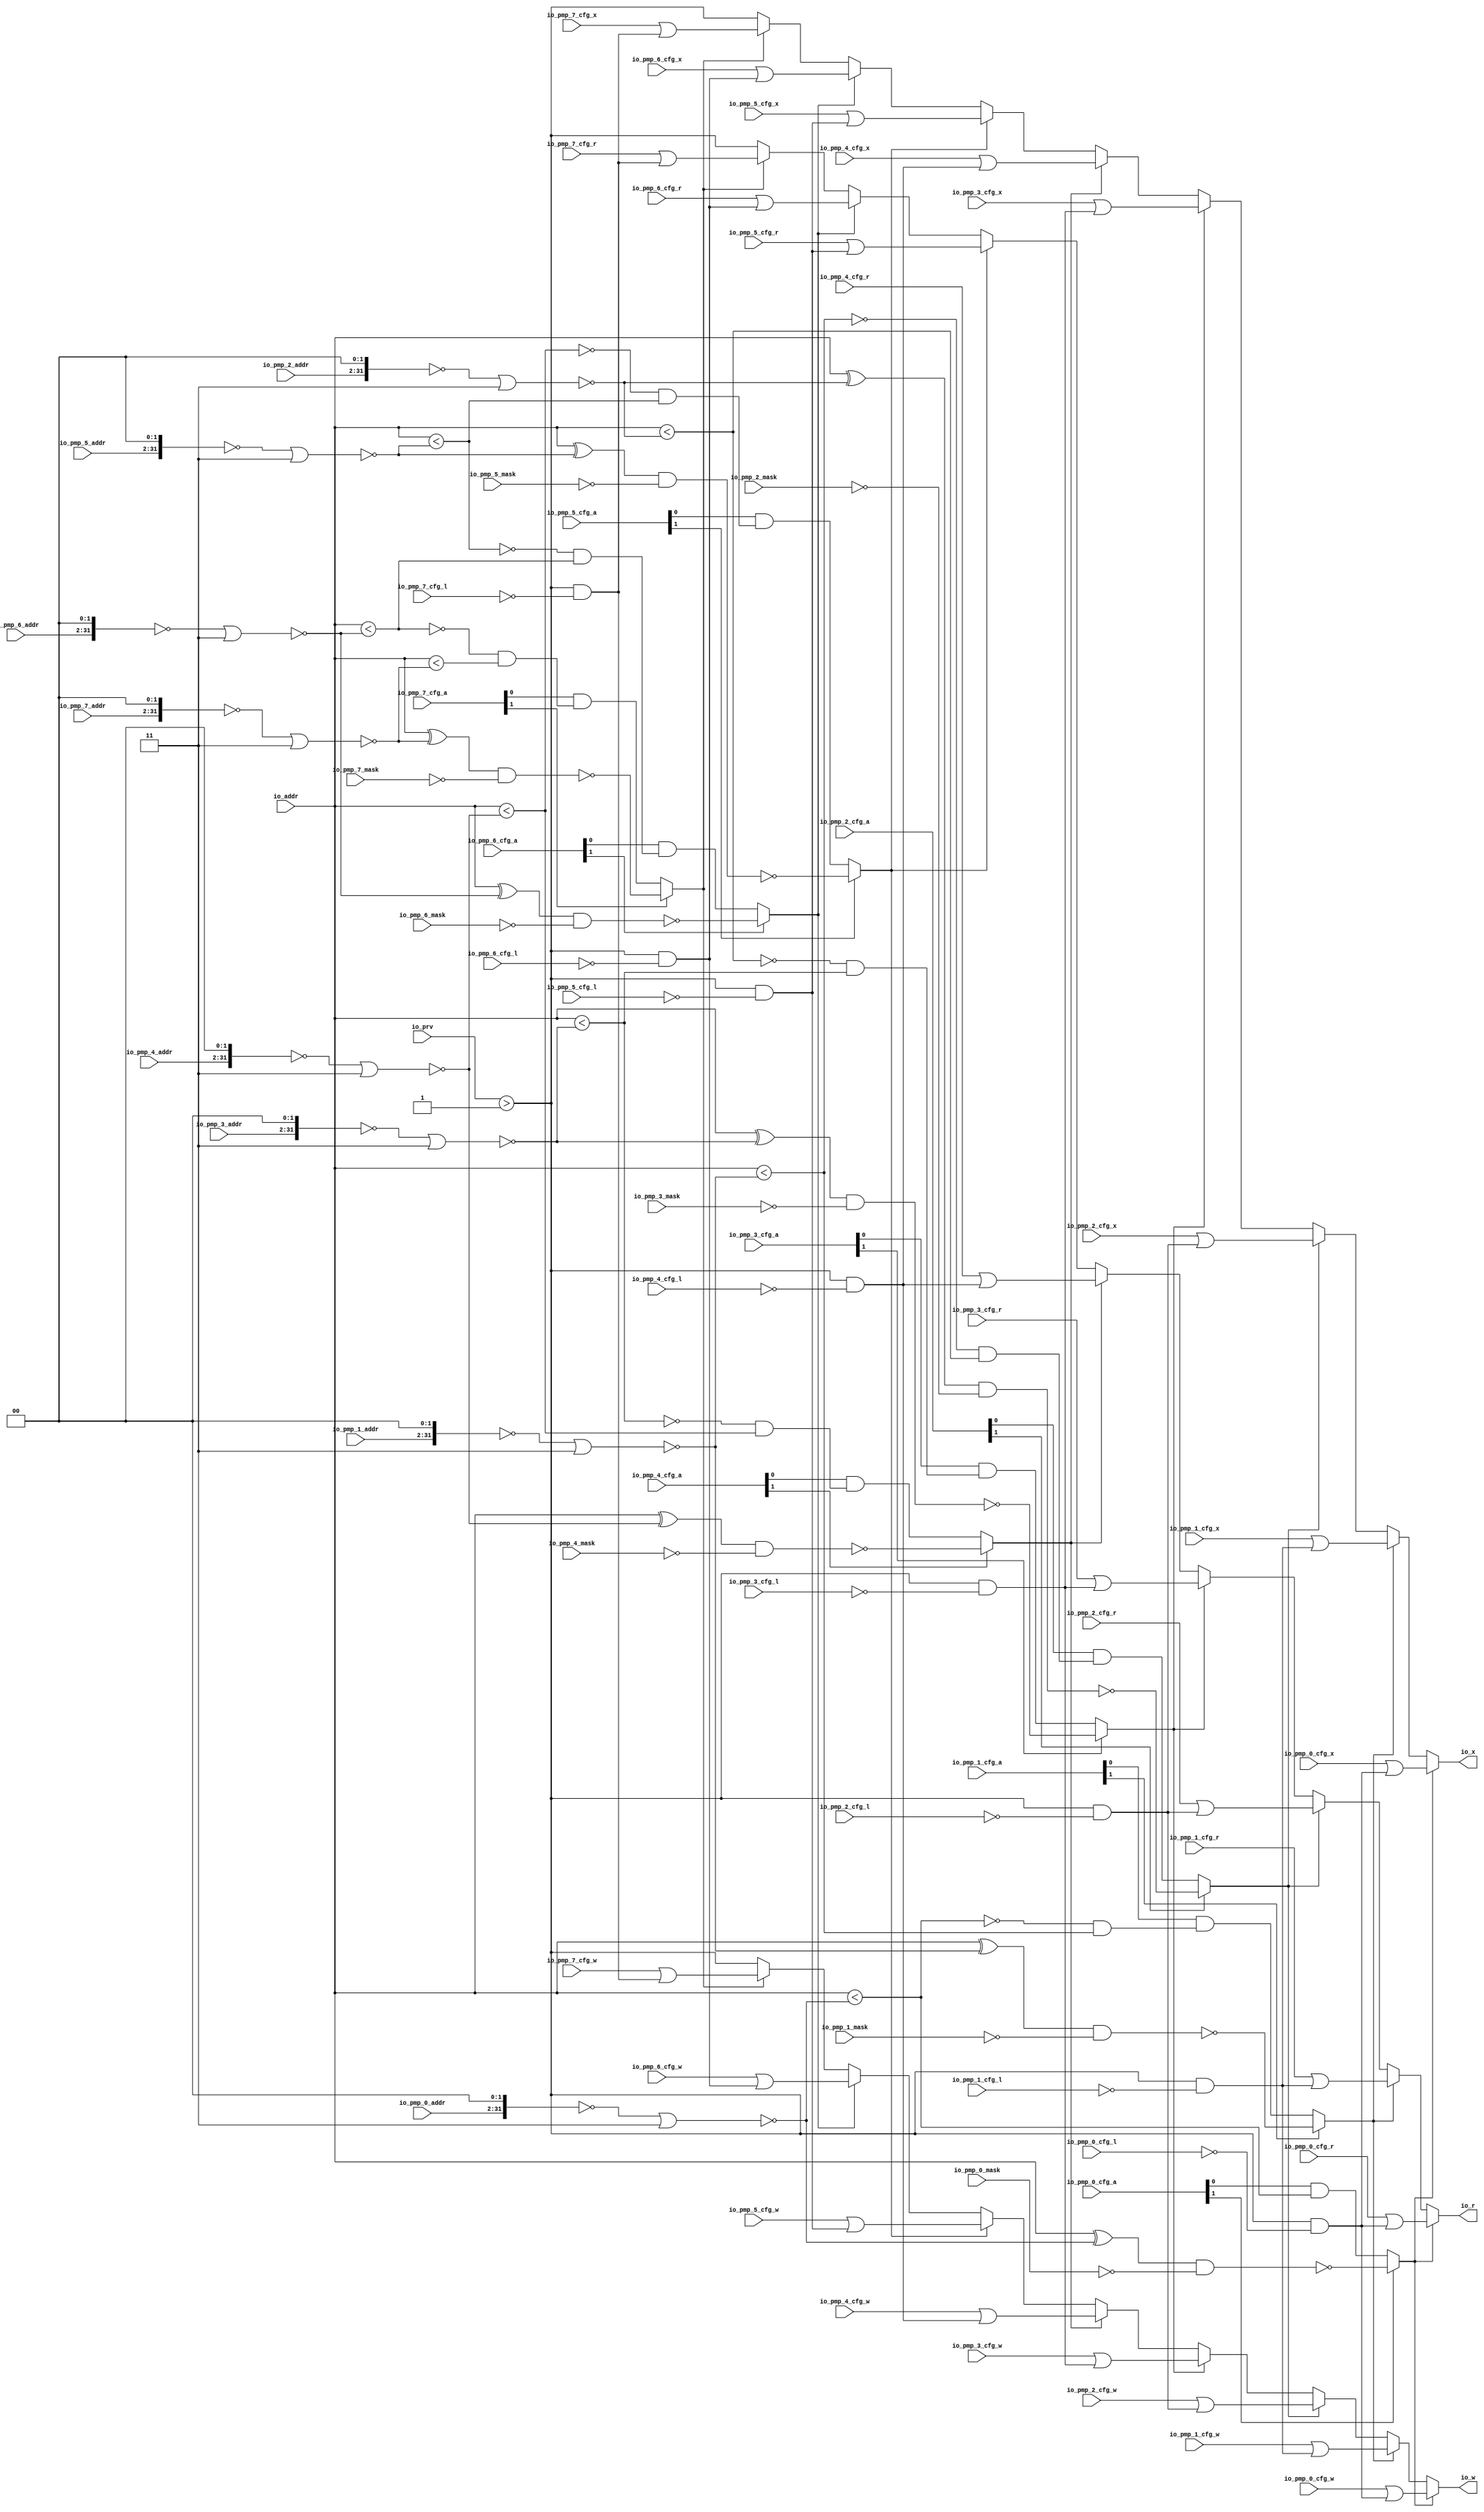
module PMPChecker( // @[:freechips.rocketchip.system.DefaultRV32Config.fir@175636.2]
  input  [1:0]  io_prv, // @[:freechips.rocketchip.system.DefaultRV32Config.fir@175639.4]
  input         io_pmp_0_cfg_l, // @[:freechips.rocketchip.system.DefaultRV32Config.fir@175639.4]
  input  [1:0]  io_pmp_0_cfg_a, // @[:freechips.rocketchip.system.DefaultRV32Config.fir@175639.4]
  input         io_pmp_0_cfg_x, // @[:freechips.rocketchip.system.DefaultRV32Config.fir@175639.4]
  input         io_pmp_0_cfg_w, // @[:freechips.rocketchip.system.DefaultRV32Config.fir@175639.4]
  input         io_pmp_0_cfg_r, // @[:freechips.rocketchip.system.DefaultRV32Config.fir@175639.4]
  input  [29:0] io_pmp_0_addr, // @[:freechips.rocketchip.system.DefaultRV32Config.fir@175639.4]
  input  [31:0] io_pmp_0_mask, // @[:freechips.rocketchip.system.DefaultRV32Config.fir@175639.4]
  input         io_pmp_1_cfg_l, // @[:freechips.rocketchip.system.DefaultRV32Config.fir@175639.4]
  input  [1:0]  io_pmp_1_cfg_a, // @[:freechips.rocketchip.system.DefaultRV32Config.fir@175639.4]
  input         io_pmp_1_cfg_x, // @[:freechips.rocketchip.system.DefaultRV32Config.fir@175639.4]
  input         io_pmp_1_cfg_w, // @[:freechips.rocketchip.system.DefaultRV32Config.fir@175639.4]
  input         io_pmp_1_cfg_r, // @[:freechips.rocketchip.system.DefaultRV32Config.fir@175639.4]
  input  [29:0] io_pmp_1_addr, // @[:freechips.rocketchip.system.DefaultRV32Config.fir@175639.4]
  input  [31:0] io_pmp_1_mask, // @[:freechips.rocketchip.system.DefaultRV32Config.fir@175639.4]
  input         io_pmp_2_cfg_l, // @[:freechips.rocketchip.system.DefaultRV32Config.fir@175639.4]
  input  [1:0]  io_pmp_2_cfg_a, // @[:freechips.rocketchip.system.DefaultRV32Config.fir@175639.4]
  input         io_pmp_2_cfg_x, // @[:freechips.rocketchip.system.DefaultRV32Config.fir@175639.4]
  input         io_pmp_2_cfg_w, // @[:freechips.rocketchip.system.DefaultRV32Config.fir@175639.4]
  input         io_pmp_2_cfg_r, // @[:freechips.rocketchip.system.DefaultRV32Config.fir@175639.4]
  input  [29:0] io_pmp_2_addr, // @[:freechips.rocketchip.system.DefaultRV32Config.fir@175639.4]
  input  [31:0] io_pmp_2_mask, // @[:freechips.rocketchip.system.DefaultRV32Config.fir@175639.4]
  input         io_pmp_3_cfg_l, // @[:freechips.rocketchip.system.DefaultRV32Config.fir@175639.4]
  input  [1:0]  io_pmp_3_cfg_a, // @[:freechips.rocketchip.system.DefaultRV32Config.fir@175639.4]
  input         io_pmp_3_cfg_x, // @[:freechips.rocketchip.system.DefaultRV32Config.fir@175639.4]
  input         io_pmp_3_cfg_w, // @[:freechips.rocketchip.system.DefaultRV32Config.fir@175639.4]
  input         io_pmp_3_cfg_r, // @[:freechips.rocketchip.system.DefaultRV32Config.fir@175639.4]
  input  [29:0] io_pmp_3_addr, // @[:freechips.rocketchip.system.DefaultRV32Config.fir@175639.4]
  input  [31:0] io_pmp_3_mask, // @[:freechips.rocketchip.system.DefaultRV32Config.fir@175639.4]
  input         io_pmp_4_cfg_l, // @[:freechips.rocketchip.system.DefaultRV32Config.fir@175639.4]
  input  [1:0]  io_pmp_4_cfg_a, // @[:freechips.rocketchip.system.DefaultRV32Config.fir@175639.4]
  input         io_pmp_4_cfg_x, // @[:freechips.rocketchip.system.DefaultRV32Config.fir@175639.4]
  input         io_pmp_4_cfg_w, // @[:freechips.rocketchip.system.DefaultRV32Config.fir@175639.4]
  input         io_pmp_4_cfg_r, // @[:freechips.rocketchip.system.DefaultRV32Config.fir@175639.4]
  input  [29:0] io_pmp_4_addr, // @[:freechips.rocketchip.system.DefaultRV32Config.fir@175639.4]
  input  [31:0] io_pmp_4_mask, // @[:freechips.rocketchip.system.DefaultRV32Config.fir@175639.4]
  input         io_pmp_5_cfg_l, // @[:freechips.rocketchip.system.DefaultRV32Config.fir@175639.4]
  input  [1:0]  io_pmp_5_cfg_a, // @[:freechips.rocketchip.system.DefaultRV32Config.fir@175639.4]
  input         io_pmp_5_cfg_x, // @[:freechips.rocketchip.system.DefaultRV32Config.fir@175639.4]
  input         io_pmp_5_cfg_w, // @[:freechips.rocketchip.system.DefaultRV32Config.fir@175639.4]
  input         io_pmp_5_cfg_r, // @[:freechips.rocketchip.system.DefaultRV32Config.fir@175639.4]
  input  [29:0] io_pmp_5_addr, // @[:freechips.rocketchip.system.DefaultRV32Config.fir@175639.4]
  input  [31:0] io_pmp_5_mask, // @[:freechips.rocketchip.system.DefaultRV32Config.fir@175639.4]
  input         io_pmp_6_cfg_l, // @[:freechips.rocketchip.system.DefaultRV32Config.fir@175639.4]
  input  [1:0]  io_pmp_6_cfg_a, // @[:freechips.rocketchip.system.DefaultRV32Config.fir@175639.4]
  input         io_pmp_6_cfg_x, // @[:freechips.rocketchip.system.DefaultRV32Config.fir@175639.4]
  input         io_pmp_6_cfg_w, // @[:freechips.rocketchip.system.DefaultRV32Config.fir@175639.4]
  input         io_pmp_6_cfg_r, // @[:freechips.rocketchip.system.DefaultRV32Config.fir@175639.4]
  input  [29:0] io_pmp_6_addr, // @[:freechips.rocketchip.system.DefaultRV32Config.fir@175639.4]
  input  [31:0] io_pmp_6_mask, // @[:freechips.rocketchip.system.DefaultRV32Config.fir@175639.4]
  input         io_pmp_7_cfg_l, // @[:freechips.rocketchip.system.DefaultRV32Config.fir@175639.4]
  input  [1:0]  io_pmp_7_cfg_a, // @[:freechips.rocketchip.system.DefaultRV32Config.fir@175639.4]
  input         io_pmp_7_cfg_x, // @[:freechips.rocketchip.system.DefaultRV32Config.fir@175639.4]
  input         io_pmp_7_cfg_w, // @[:freechips.rocketchip.system.DefaultRV32Config.fir@175639.4]
  input         io_pmp_7_cfg_r, // @[:freechips.rocketchip.system.DefaultRV32Config.fir@175639.4]
  input  [29:0] io_pmp_7_addr, // @[:freechips.rocketchip.system.DefaultRV32Config.fir@175639.4]
  input  [31:0] io_pmp_7_mask, // @[:freechips.rocketchip.system.DefaultRV32Config.fir@175639.4]
  input  [31:0] io_addr, // @[:freechips.rocketchip.system.DefaultRV32Config.fir@175639.4]
  output        io_r, // @[:freechips.rocketchip.system.DefaultRV32Config.fir@175639.4]
  output        io_w, // @[:freechips.rocketchip.system.DefaultRV32Config.fir@175639.4]
  output        io_x // @[:freechips.rocketchip.system.DefaultRV32Config.fir@175639.4]
);
  wire  default_; // @[PMP.scala 157:56:freechips.rocketchip.system.DefaultRV32Config.fir@175641.4]
  wire [31:0] _T_2; // @[PMP.scala 62:36:freechips.rocketchip.system.DefaultRV32Config.fir@175664.4]
  wire [31:0] _T_3; // @[PMP.scala 62:29:freechips.rocketchip.system.DefaultRV32Config.fir@175665.4]
  wire [31:0] _T_4; // @[PMP.scala 62:48:freechips.rocketchip.system.DefaultRV32Config.fir@175666.4]
  wire [31:0] _T_5; // @[PMP.scala 62:27:freechips.rocketchip.system.DefaultRV32Config.fir@175667.4]
  wire [31:0] _T_6; // @[PMP.scala 65:47:freechips.rocketchip.system.DefaultRV32Config.fir@175668.4]
  wire [31:0] _T_7; // @[PMP.scala 65:54:freechips.rocketchip.system.DefaultRV32Config.fir@175669.4]
  wire [31:0] _T_8; // @[PMP.scala 65:52:freechips.rocketchip.system.DefaultRV32Config.fir@175670.4]
  wire  _T_9; // @[PMP.scala 65:58:freechips.rocketchip.system.DefaultRV32Config.fir@175671.4]
  wire [31:0] _T_15; // @[PMP.scala 62:36:freechips.rocketchip.system.DefaultRV32Config.fir@175677.4]
  wire [31:0] _T_16; // @[PMP.scala 62:29:freechips.rocketchip.system.DefaultRV32Config.fir@175678.4]
  wire [31:0] _T_17; // @[PMP.scala 62:48:freechips.rocketchip.system.DefaultRV32Config.fir@175679.4]
  wire [31:0] _T_18; // @[PMP.scala 62:27:freechips.rocketchip.system.DefaultRV32Config.fir@175680.4]
  wire  _T_19; // @[PMP.scala 79:9:freechips.rocketchip.system.DefaultRV32Config.fir@175681.4]
  wire  _T_20; // @[PMP.scala 90:5:freechips.rocketchip.system.DefaultRV32Config.fir@175682.4]
  wire  _T_25; // @[PMP.scala 79:9:freechips.rocketchip.system.DefaultRV32Config.fir@175687.4]
  wire  _T_26; // @[PMP.scala 96:48:freechips.rocketchip.system.DefaultRV32Config.fir@175688.4]
  wire  _T_27; // @[PMP.scala 134:61:freechips.rocketchip.system.DefaultRV32Config.fir@175689.4]
  wire  _T_28; // @[PMP.scala 134:8:freechips.rocketchip.system.DefaultRV32Config.fir@175690.4]
  wire  _T_29; // @[PMP.scala 165:29:freechips.rocketchip.system.DefaultRV32Config.fir@175691.4]
  wire  _T_30; // @[PMP.scala 165:26:freechips.rocketchip.system.DefaultRV32Config.fir@175692.4]
  wire  _T_82; // @[PMP.scala 183:40:freechips.rocketchip.system.DefaultRV32Config.fir@175752.4]
  wire  _T_84; // @[PMP.scala 184:40:freechips.rocketchip.system.DefaultRV32Config.fir@175755.4]
  wire  _T_86; // @[PMP.scala 185:40:freechips.rocketchip.system.DefaultRV32Config.fir@175758.4]
  wire  _T_88_cfg_x; // @[PMP.scala 186:8:freechips.rocketchip.system.DefaultRV32Config.fir@175761.4]
  wire  _T_88_cfg_w; // @[PMP.scala 186:8:freechips.rocketchip.system.DefaultRV32Config.fir@175761.4]
  wire  _T_88_cfg_r; // @[PMP.scala 186:8:freechips.rocketchip.system.DefaultRV32Config.fir@175761.4]
  wire [31:0] _T_94; // @[PMP.scala 65:47:freechips.rocketchip.system.DefaultRV32Config.fir@175767.4]
  wire [31:0] _T_95; // @[PMP.scala 65:54:freechips.rocketchip.system.DefaultRV32Config.fir@175768.4]
  wire [31:0] _T_96; // @[PMP.scala 65:52:freechips.rocketchip.system.DefaultRV32Config.fir@175769.4]
  wire  _T_97; // @[PMP.scala 65:58:freechips.rocketchip.system.DefaultRV32Config.fir@175770.4]
  wire [31:0] _T_103; // @[PMP.scala 62:36:freechips.rocketchip.system.DefaultRV32Config.fir@175776.4]
  wire [31:0] _T_104; // @[PMP.scala 62:29:freechips.rocketchip.system.DefaultRV32Config.fir@175777.4]
  wire [31:0] _T_105; // @[PMP.scala 62:48:freechips.rocketchip.system.DefaultRV32Config.fir@175778.4]
  wire [31:0] _T_106; // @[PMP.scala 62:27:freechips.rocketchip.system.DefaultRV32Config.fir@175779.4]
  wire  _T_107; // @[PMP.scala 79:9:freechips.rocketchip.system.DefaultRV32Config.fir@175780.4]
  wire  _T_108; // @[PMP.scala 90:5:freechips.rocketchip.system.DefaultRV32Config.fir@175781.4]
  wire  _T_114; // @[PMP.scala 96:48:freechips.rocketchip.system.DefaultRV32Config.fir@175787.4]
  wire  _T_115; // @[PMP.scala 134:61:freechips.rocketchip.system.DefaultRV32Config.fir@175788.4]
  wire  _T_116; // @[PMP.scala 134:8:freechips.rocketchip.system.DefaultRV32Config.fir@175789.4]
  wire  _T_117; // @[PMP.scala 165:29:freechips.rocketchip.system.DefaultRV32Config.fir@175790.4]
  wire  _T_118; // @[PMP.scala 165:26:freechips.rocketchip.system.DefaultRV32Config.fir@175791.4]
  wire  _T_170; // @[PMP.scala 183:40:freechips.rocketchip.system.DefaultRV32Config.fir@175851.4]
  wire  _T_172; // @[PMP.scala 184:40:freechips.rocketchip.system.DefaultRV32Config.fir@175854.4]
  wire  _T_174; // @[PMP.scala 185:40:freechips.rocketchip.system.DefaultRV32Config.fir@175857.4]
  wire  _T_176_cfg_x; // @[PMP.scala 186:8:freechips.rocketchip.system.DefaultRV32Config.fir@175860.4]
  wire  _T_176_cfg_w; // @[PMP.scala 186:8:freechips.rocketchip.system.DefaultRV32Config.fir@175860.4]
  wire  _T_176_cfg_r; // @[PMP.scala 186:8:freechips.rocketchip.system.DefaultRV32Config.fir@175860.4]
  wire [31:0] _T_182; // @[PMP.scala 65:47:freechips.rocketchip.system.DefaultRV32Config.fir@175866.4]
  wire [31:0] _T_183; // @[PMP.scala 65:54:freechips.rocketchip.system.DefaultRV32Config.fir@175867.4]
  wire [31:0] _T_184; // @[PMP.scala 65:52:freechips.rocketchip.system.DefaultRV32Config.fir@175868.4]
  wire  _T_185; // @[PMP.scala 65:58:freechips.rocketchip.system.DefaultRV32Config.fir@175869.4]
  wire [31:0] _T_191; // @[PMP.scala 62:36:freechips.rocketchip.system.DefaultRV32Config.fir@175875.4]
  wire [31:0] _T_192; // @[PMP.scala 62:29:freechips.rocketchip.system.DefaultRV32Config.fir@175876.4]
  wire [31:0] _T_193; // @[PMP.scala 62:48:freechips.rocketchip.system.DefaultRV32Config.fir@175877.4]
  wire [31:0] _T_194; // @[PMP.scala 62:27:freechips.rocketchip.system.DefaultRV32Config.fir@175878.4]
  wire  _T_195; // @[PMP.scala 79:9:freechips.rocketchip.system.DefaultRV32Config.fir@175879.4]
  wire  _T_196; // @[PMP.scala 90:5:freechips.rocketchip.system.DefaultRV32Config.fir@175880.4]
  wire  _T_202; // @[PMP.scala 96:48:freechips.rocketchip.system.DefaultRV32Config.fir@175886.4]
  wire  _T_203; // @[PMP.scala 134:61:freechips.rocketchip.system.DefaultRV32Config.fir@175887.4]
  wire  _T_204; // @[PMP.scala 134:8:freechips.rocketchip.system.DefaultRV32Config.fir@175888.4]
  wire  _T_205; // @[PMP.scala 165:29:freechips.rocketchip.system.DefaultRV32Config.fir@175889.4]
  wire  _T_206; // @[PMP.scala 165:26:freechips.rocketchip.system.DefaultRV32Config.fir@175890.4]
  wire  _T_258; // @[PMP.scala 183:40:freechips.rocketchip.system.DefaultRV32Config.fir@175950.4]
  wire  _T_260; // @[PMP.scala 184:40:freechips.rocketchip.system.DefaultRV32Config.fir@175953.4]
  wire  _T_262; // @[PMP.scala 185:40:freechips.rocketchip.system.DefaultRV32Config.fir@175956.4]
  wire  _T_264_cfg_x; // @[PMP.scala 186:8:freechips.rocketchip.system.DefaultRV32Config.fir@175959.4]
  wire  _T_264_cfg_w; // @[PMP.scala 186:8:freechips.rocketchip.system.DefaultRV32Config.fir@175959.4]
  wire  _T_264_cfg_r; // @[PMP.scala 186:8:freechips.rocketchip.system.DefaultRV32Config.fir@175959.4]
  wire [31:0] _T_270; // @[PMP.scala 65:47:freechips.rocketchip.system.DefaultRV32Config.fir@175965.4]
  wire [31:0] _T_271; // @[PMP.scala 65:54:freechips.rocketchip.system.DefaultRV32Config.fir@175966.4]
  wire [31:0] _T_272; // @[PMP.scala 65:52:freechips.rocketchip.system.DefaultRV32Config.fir@175967.4]
  wire  _T_273; // @[PMP.scala 65:58:freechips.rocketchip.system.DefaultRV32Config.fir@175968.4]
  wire [31:0] _T_279; // @[PMP.scala 62:36:freechips.rocketchip.system.DefaultRV32Config.fir@175974.4]
  wire [31:0] _T_280; // @[PMP.scala 62:29:freechips.rocketchip.system.DefaultRV32Config.fir@175975.4]
  wire [31:0] _T_281; // @[PMP.scala 62:48:freechips.rocketchip.system.DefaultRV32Config.fir@175976.4]
  wire [31:0] _T_282; // @[PMP.scala 62:27:freechips.rocketchip.system.DefaultRV32Config.fir@175977.4]
  wire  _T_283; // @[PMP.scala 79:9:freechips.rocketchip.system.DefaultRV32Config.fir@175978.4]
  wire  _T_284; // @[PMP.scala 90:5:freechips.rocketchip.system.DefaultRV32Config.fir@175979.4]
  wire  _T_290; // @[PMP.scala 96:48:freechips.rocketchip.system.DefaultRV32Config.fir@175985.4]
  wire  _T_291; // @[PMP.scala 134:61:freechips.rocketchip.system.DefaultRV32Config.fir@175986.4]
  wire  _T_292; // @[PMP.scala 134:8:freechips.rocketchip.system.DefaultRV32Config.fir@175987.4]
  wire  _T_293; // @[PMP.scala 165:29:freechips.rocketchip.system.DefaultRV32Config.fir@175988.4]
  wire  _T_294; // @[PMP.scala 165:26:freechips.rocketchip.system.DefaultRV32Config.fir@175989.4]
  wire  _T_346; // @[PMP.scala 183:40:freechips.rocketchip.system.DefaultRV32Config.fir@176049.4]
  wire  _T_348; // @[PMP.scala 184:40:freechips.rocketchip.system.DefaultRV32Config.fir@176052.4]
  wire  _T_350; // @[PMP.scala 185:40:freechips.rocketchip.system.DefaultRV32Config.fir@176055.4]
  wire  _T_352_cfg_x; // @[PMP.scala 186:8:freechips.rocketchip.system.DefaultRV32Config.fir@176058.4]
  wire  _T_352_cfg_w; // @[PMP.scala 186:8:freechips.rocketchip.system.DefaultRV32Config.fir@176058.4]
  wire  _T_352_cfg_r; // @[PMP.scala 186:8:freechips.rocketchip.system.DefaultRV32Config.fir@176058.4]
  wire [31:0] _T_358; // @[PMP.scala 65:47:freechips.rocketchip.system.DefaultRV32Config.fir@176064.4]
  wire [31:0] _T_359; // @[PMP.scala 65:54:freechips.rocketchip.system.DefaultRV32Config.fir@176065.4]
  wire [31:0] _T_360; // @[PMP.scala 65:52:freechips.rocketchip.system.DefaultRV32Config.fir@176066.4]
  wire  _T_361; // @[PMP.scala 65:58:freechips.rocketchip.system.DefaultRV32Config.fir@176067.4]
  wire [31:0] _T_367; // @[PMP.scala 62:36:freechips.rocketchip.system.DefaultRV32Config.fir@176073.4]
  wire [31:0] _T_368; // @[PMP.scala 62:29:freechips.rocketchip.system.DefaultRV32Config.fir@176074.4]
  wire [31:0] _T_369; // @[PMP.scala 62:48:freechips.rocketchip.system.DefaultRV32Config.fir@176075.4]
  wire [31:0] _T_370; // @[PMP.scala 62:27:freechips.rocketchip.system.DefaultRV32Config.fir@176076.4]
  wire  _T_371; // @[PMP.scala 79:9:freechips.rocketchip.system.DefaultRV32Config.fir@176077.4]
  wire  _T_372; // @[PMP.scala 90:5:freechips.rocketchip.system.DefaultRV32Config.fir@176078.4]
  wire  _T_378; // @[PMP.scala 96:48:freechips.rocketchip.system.DefaultRV32Config.fir@176084.4]
  wire  _T_379; // @[PMP.scala 134:61:freechips.rocketchip.system.DefaultRV32Config.fir@176085.4]
  wire  _T_380; // @[PMP.scala 134:8:freechips.rocketchip.system.DefaultRV32Config.fir@176086.4]
  wire  _T_381; // @[PMP.scala 165:29:freechips.rocketchip.system.DefaultRV32Config.fir@176087.4]
  wire  _T_382; // @[PMP.scala 165:26:freechips.rocketchip.system.DefaultRV32Config.fir@176088.4]
  wire  _T_434; // @[PMP.scala 183:40:freechips.rocketchip.system.DefaultRV32Config.fir@176148.4]
  wire  _T_436; // @[PMP.scala 184:40:freechips.rocketchip.system.DefaultRV32Config.fir@176151.4]
  wire  _T_438; // @[PMP.scala 185:40:freechips.rocketchip.system.DefaultRV32Config.fir@176154.4]
  wire  _T_440_cfg_x; // @[PMP.scala 186:8:freechips.rocketchip.system.DefaultRV32Config.fir@176157.4]
  wire  _T_440_cfg_w; // @[PMP.scala 186:8:freechips.rocketchip.system.DefaultRV32Config.fir@176157.4]
  wire  _T_440_cfg_r; // @[PMP.scala 186:8:freechips.rocketchip.system.DefaultRV32Config.fir@176157.4]
  wire [31:0] _T_446; // @[PMP.scala 65:47:freechips.rocketchip.system.DefaultRV32Config.fir@176163.4]
  wire [31:0] _T_447; // @[PMP.scala 65:54:freechips.rocketchip.system.DefaultRV32Config.fir@176164.4]
  wire [31:0] _T_448; // @[PMP.scala 65:52:freechips.rocketchip.system.DefaultRV32Config.fir@176165.4]
  wire  _T_449; // @[PMP.scala 65:58:freechips.rocketchip.system.DefaultRV32Config.fir@176166.4]
  wire [31:0] _T_455; // @[PMP.scala 62:36:freechips.rocketchip.system.DefaultRV32Config.fir@176172.4]
  wire [31:0] _T_456; // @[PMP.scala 62:29:freechips.rocketchip.system.DefaultRV32Config.fir@176173.4]
  wire [31:0] _T_457; // @[PMP.scala 62:48:freechips.rocketchip.system.DefaultRV32Config.fir@176174.4]
  wire [31:0] _T_458; // @[PMP.scala 62:27:freechips.rocketchip.system.DefaultRV32Config.fir@176175.4]
  wire  _T_459; // @[PMP.scala 79:9:freechips.rocketchip.system.DefaultRV32Config.fir@176176.4]
  wire  _T_460; // @[PMP.scala 90:5:freechips.rocketchip.system.DefaultRV32Config.fir@176177.4]
  wire  _T_466; // @[PMP.scala 96:48:freechips.rocketchip.system.DefaultRV32Config.fir@176183.4]
  wire  _T_467; // @[PMP.scala 134:61:freechips.rocketchip.system.DefaultRV32Config.fir@176184.4]
  wire  _T_468; // @[PMP.scala 134:8:freechips.rocketchip.system.DefaultRV32Config.fir@176185.4]
  wire  _T_469; // @[PMP.scala 165:29:freechips.rocketchip.system.DefaultRV32Config.fir@176186.4]
  wire  _T_470; // @[PMP.scala 165:26:freechips.rocketchip.system.DefaultRV32Config.fir@176187.4]
  wire  _T_522; // @[PMP.scala 183:40:freechips.rocketchip.system.DefaultRV32Config.fir@176247.4]
  wire  _T_524; // @[PMP.scala 184:40:freechips.rocketchip.system.DefaultRV32Config.fir@176250.4]
  wire  _T_526; // @[PMP.scala 185:40:freechips.rocketchip.system.DefaultRV32Config.fir@176253.4]
  wire  _T_528_cfg_x; // @[PMP.scala 186:8:freechips.rocketchip.system.DefaultRV32Config.fir@176256.4]
  wire  _T_528_cfg_w; // @[PMP.scala 186:8:freechips.rocketchip.system.DefaultRV32Config.fir@176256.4]
  wire  _T_528_cfg_r; // @[PMP.scala 186:8:freechips.rocketchip.system.DefaultRV32Config.fir@176256.4]
  wire [31:0] _T_534; // @[PMP.scala 65:47:freechips.rocketchip.system.DefaultRV32Config.fir@176262.4]
  wire [31:0] _T_535; // @[PMP.scala 65:54:freechips.rocketchip.system.DefaultRV32Config.fir@176263.4]
  wire [31:0] _T_536; // @[PMP.scala 65:52:freechips.rocketchip.system.DefaultRV32Config.fir@176264.4]
  wire  _T_537; // @[PMP.scala 65:58:freechips.rocketchip.system.DefaultRV32Config.fir@176265.4]
  wire [31:0] _T_543; // @[PMP.scala 62:36:freechips.rocketchip.system.DefaultRV32Config.fir@176271.4]
  wire [31:0] _T_544; // @[PMP.scala 62:29:freechips.rocketchip.system.DefaultRV32Config.fir@176272.4]
  wire [31:0] _T_545; // @[PMP.scala 62:48:freechips.rocketchip.system.DefaultRV32Config.fir@176273.4]
  wire [31:0] _T_546; // @[PMP.scala 62:27:freechips.rocketchip.system.DefaultRV32Config.fir@176274.4]
  wire  _T_547; // @[PMP.scala 79:9:freechips.rocketchip.system.DefaultRV32Config.fir@176275.4]
  wire  _T_548; // @[PMP.scala 90:5:freechips.rocketchip.system.DefaultRV32Config.fir@176276.4]
  wire  _T_554; // @[PMP.scala 96:48:freechips.rocketchip.system.DefaultRV32Config.fir@176282.4]
  wire  _T_555; // @[PMP.scala 134:61:freechips.rocketchip.system.DefaultRV32Config.fir@176283.4]
  wire  _T_556; // @[PMP.scala 134:8:freechips.rocketchip.system.DefaultRV32Config.fir@176284.4]
  wire  _T_557; // @[PMP.scala 165:29:freechips.rocketchip.system.DefaultRV32Config.fir@176285.4]
  wire  _T_558; // @[PMP.scala 165:26:freechips.rocketchip.system.DefaultRV32Config.fir@176286.4]
  wire  _T_610; // @[PMP.scala 183:40:freechips.rocketchip.system.DefaultRV32Config.fir@176346.4]
  wire  _T_612; // @[PMP.scala 184:40:freechips.rocketchip.system.DefaultRV32Config.fir@176349.4]
  wire  _T_614; // @[PMP.scala 185:40:freechips.rocketchip.system.DefaultRV32Config.fir@176352.4]
  wire  _T_616_cfg_x; // @[PMP.scala 186:8:freechips.rocketchip.system.DefaultRV32Config.fir@176355.4]
  wire  _T_616_cfg_w; // @[PMP.scala 186:8:freechips.rocketchip.system.DefaultRV32Config.fir@176355.4]
  wire  _T_616_cfg_r; // @[PMP.scala 186:8:freechips.rocketchip.system.DefaultRV32Config.fir@176355.4]
  wire [31:0] _T_622; // @[PMP.scala 65:47:freechips.rocketchip.system.DefaultRV32Config.fir@176361.4]
  wire [31:0] _T_623; // @[PMP.scala 65:54:freechips.rocketchip.system.DefaultRV32Config.fir@176362.4]
  wire [31:0] _T_624; // @[PMP.scala 65:52:freechips.rocketchip.system.DefaultRV32Config.fir@176363.4]
  wire  _T_625; // @[PMP.scala 65:58:freechips.rocketchip.system.DefaultRV32Config.fir@176364.4]
  wire  _T_643; // @[PMP.scala 134:61:freechips.rocketchip.system.DefaultRV32Config.fir@176382.4]
  wire  _T_644; // @[PMP.scala 134:8:freechips.rocketchip.system.DefaultRV32Config.fir@176383.4]
  wire  _T_645; // @[PMP.scala 165:29:freechips.rocketchip.system.DefaultRV32Config.fir@176384.4]
  wire  _T_646; // @[PMP.scala 165:26:freechips.rocketchip.system.DefaultRV32Config.fir@176385.4]
  wire  _T_698; // @[PMP.scala 183:40:freechips.rocketchip.system.DefaultRV32Config.fir@176445.4]
  wire  _T_700; // @[PMP.scala 184:40:freechips.rocketchip.system.DefaultRV32Config.fir@176448.4]
  wire  _T_702; // @[PMP.scala 185:40:freechips.rocketchip.system.DefaultRV32Config.fir@176451.4]
  assign default_ = io_prv > 2'h1; // @[PMP.scala 157:56:freechips.rocketchip.system.DefaultRV32Config.fir@175641.4]
  assign _T_2 = {io_pmp_7_addr, 2'h0}; // @[PMP.scala 62:36:freechips.rocketchip.system.DefaultRV32Config.fir@175664.4]
  assign _T_3 = ~_T_2; // @[PMP.scala 62:29:freechips.rocketchip.system.DefaultRV32Config.fir@175665.4]
  assign _T_4 = _T_3 | 32'h3; // @[PMP.scala 62:48:freechips.rocketchip.system.DefaultRV32Config.fir@175666.4]
  assign _T_5 = ~_T_4; // @[PMP.scala 62:27:freechips.rocketchip.system.DefaultRV32Config.fir@175667.4]
  assign _T_6 = io_addr ^ _T_5; // @[PMP.scala 65:47:freechips.rocketchip.system.DefaultRV32Config.fir@175668.4]
  assign _T_7 = ~io_pmp_7_mask; // @[PMP.scala 65:54:freechips.rocketchip.system.DefaultRV32Config.fir@175669.4]
  assign _T_8 = _T_6 & _T_7; // @[PMP.scala 65:52:freechips.rocketchip.system.DefaultRV32Config.fir@175670.4]
  assign _T_9 = _T_8 == 32'h0; // @[PMP.scala 65:58:freechips.rocketchip.system.DefaultRV32Config.fir@175671.4]
  assign _T_15 = {io_pmp_6_addr, 2'h0}; // @[PMP.scala 62:36:freechips.rocketchip.system.DefaultRV32Config.fir@175677.4]
  assign _T_16 = ~_T_15; // @[PMP.scala 62:29:freechips.rocketchip.system.DefaultRV32Config.fir@175678.4]
  assign _T_17 = _T_16 | 32'h3; // @[PMP.scala 62:48:freechips.rocketchip.system.DefaultRV32Config.fir@175679.4]
  assign _T_18 = ~_T_17; // @[PMP.scala 62:27:freechips.rocketchip.system.DefaultRV32Config.fir@175680.4]
  assign _T_19 = io_addr < _T_18; // @[PMP.scala 79:9:freechips.rocketchip.system.DefaultRV32Config.fir@175681.4]
  assign _T_20 = ~_T_19; // @[PMP.scala 90:5:freechips.rocketchip.system.DefaultRV32Config.fir@175682.4]
  assign _T_25 = io_addr < _T_5; // @[PMP.scala 79:9:freechips.rocketchip.system.DefaultRV32Config.fir@175687.4]
  assign _T_26 = _T_20 & _T_25; // @[PMP.scala 96:48:freechips.rocketchip.system.DefaultRV32Config.fir@175688.4]
  assign _T_27 = io_pmp_7_cfg_a[0] & _T_26; // @[PMP.scala 134:61:freechips.rocketchip.system.DefaultRV32Config.fir@175689.4]
  assign _T_28 = io_pmp_7_cfg_a[1] ? _T_9 : _T_27; // @[PMP.scala 134:8:freechips.rocketchip.system.DefaultRV32Config.fir@175690.4]
  assign _T_29 = ~io_pmp_7_cfg_l; // @[PMP.scala 165:29:freechips.rocketchip.system.DefaultRV32Config.fir@175691.4]
  assign _T_30 = default_ & _T_29; // @[PMP.scala 165:26:freechips.rocketchip.system.DefaultRV32Config.fir@175692.4]
  assign _T_82 = io_pmp_7_cfg_r | _T_30; // @[PMP.scala 183:40:freechips.rocketchip.system.DefaultRV32Config.fir@175752.4]
  assign _T_84 = io_pmp_7_cfg_w | _T_30; // @[PMP.scala 184:40:freechips.rocketchip.system.DefaultRV32Config.fir@175755.4]
  assign _T_86 = io_pmp_7_cfg_x | _T_30; // @[PMP.scala 185:40:freechips.rocketchip.system.DefaultRV32Config.fir@175758.4]
  assign _T_88_cfg_x = _T_28 ? _T_86 : default_; // @[PMP.scala 186:8:freechips.rocketchip.system.DefaultRV32Config.fir@175761.4]
  assign _T_88_cfg_w = _T_28 ? _T_84 : default_; // @[PMP.scala 186:8:freechips.rocketchip.system.DefaultRV32Config.fir@175761.4]
  assign _T_88_cfg_r = _T_28 ? _T_82 : default_; // @[PMP.scala 186:8:freechips.rocketchip.system.DefaultRV32Config.fir@175761.4]
  assign _T_94 = io_addr ^ _T_18; // @[PMP.scala 65:47:freechips.rocketchip.system.DefaultRV32Config.fir@175767.4]
  assign _T_95 = ~io_pmp_6_mask; // @[PMP.scala 65:54:freechips.rocketchip.system.DefaultRV32Config.fir@175768.4]
  assign _T_96 = _T_94 & _T_95; // @[PMP.scala 65:52:freechips.rocketchip.system.DefaultRV32Config.fir@175769.4]
  assign _T_97 = _T_96 == 32'h0; // @[PMP.scala 65:58:freechips.rocketchip.system.DefaultRV32Config.fir@175770.4]
  assign _T_103 = {io_pmp_5_addr, 2'h0}; // @[PMP.scala 62:36:freechips.rocketchip.system.DefaultRV32Config.fir@175776.4]
  assign _T_104 = ~_T_103; // @[PMP.scala 62:29:freechips.rocketchip.system.DefaultRV32Config.fir@175777.4]
  assign _T_105 = _T_104 | 32'h3; // @[PMP.scala 62:48:freechips.rocketchip.system.DefaultRV32Config.fir@175778.4]
  assign _T_106 = ~_T_105; // @[PMP.scala 62:27:freechips.rocketchip.system.DefaultRV32Config.fir@175779.4]
  assign _T_107 = io_addr < _T_106; // @[PMP.scala 79:9:freechips.rocketchip.system.DefaultRV32Config.fir@175780.4]
  assign _T_108 = ~_T_107; // @[PMP.scala 90:5:freechips.rocketchip.system.DefaultRV32Config.fir@175781.4]
  assign _T_114 = _T_108 & _T_19; // @[PMP.scala 96:48:freechips.rocketchip.system.DefaultRV32Config.fir@175787.4]
  assign _T_115 = io_pmp_6_cfg_a[0] & _T_114; // @[PMP.scala 134:61:freechips.rocketchip.system.DefaultRV32Config.fir@175788.4]
  assign _T_116 = io_pmp_6_cfg_a[1] ? _T_97 : _T_115; // @[PMP.scala 134:8:freechips.rocketchip.system.DefaultRV32Config.fir@175789.4]
  assign _T_117 = ~io_pmp_6_cfg_l; // @[PMP.scala 165:29:freechips.rocketchip.system.DefaultRV32Config.fir@175790.4]
  assign _T_118 = default_ & _T_117; // @[PMP.scala 165:26:freechips.rocketchip.system.DefaultRV32Config.fir@175791.4]
  assign _T_170 = io_pmp_6_cfg_r | _T_118; // @[PMP.scala 183:40:freechips.rocketchip.system.DefaultRV32Config.fir@175851.4]
  assign _T_172 = io_pmp_6_cfg_w | _T_118; // @[PMP.scala 184:40:freechips.rocketchip.system.DefaultRV32Config.fir@175854.4]
  assign _T_174 = io_pmp_6_cfg_x | _T_118; // @[PMP.scala 185:40:freechips.rocketchip.system.DefaultRV32Config.fir@175857.4]
  assign _T_176_cfg_x = _T_116 ? _T_174 : _T_88_cfg_x; // @[PMP.scala 186:8:freechips.rocketchip.system.DefaultRV32Config.fir@175860.4]
  assign _T_176_cfg_w = _T_116 ? _T_172 : _T_88_cfg_w; // @[PMP.scala 186:8:freechips.rocketchip.system.DefaultRV32Config.fir@175860.4]
  assign _T_176_cfg_r = _T_116 ? _T_170 : _T_88_cfg_r; // @[PMP.scala 186:8:freechips.rocketchip.system.DefaultRV32Config.fir@175860.4]
  assign _T_182 = io_addr ^ _T_106; // @[PMP.scala 65:47:freechips.rocketchip.system.DefaultRV32Config.fir@175866.4]
  assign _T_183 = ~io_pmp_5_mask; // @[PMP.scala 65:54:freechips.rocketchip.system.DefaultRV32Config.fir@175867.4]
  assign _T_184 = _T_182 & _T_183; // @[PMP.scala 65:52:freechips.rocketchip.system.DefaultRV32Config.fir@175868.4]
  assign _T_185 = _T_184 == 32'h0; // @[PMP.scala 65:58:freechips.rocketchip.system.DefaultRV32Config.fir@175869.4]
  assign _T_191 = {io_pmp_4_addr, 2'h0}; // @[PMP.scala 62:36:freechips.rocketchip.system.DefaultRV32Config.fir@175875.4]
  assign _T_192 = ~_T_191; // @[PMP.scala 62:29:freechips.rocketchip.system.DefaultRV32Config.fir@175876.4]
  assign _T_193 = _T_192 | 32'h3; // @[PMP.scala 62:48:freechips.rocketchip.system.DefaultRV32Config.fir@175877.4]
  assign _T_194 = ~_T_193; // @[PMP.scala 62:27:freechips.rocketchip.system.DefaultRV32Config.fir@175878.4]
  assign _T_195 = io_addr < _T_194; // @[PMP.scala 79:9:freechips.rocketchip.system.DefaultRV32Config.fir@175879.4]
  assign _T_196 = ~_T_195; // @[PMP.scala 90:5:freechips.rocketchip.system.DefaultRV32Config.fir@175880.4]
  assign _T_202 = _T_196 & _T_107; // @[PMP.scala 96:48:freechips.rocketchip.system.DefaultRV32Config.fir@175886.4]
  assign _T_203 = io_pmp_5_cfg_a[0] & _T_202; // @[PMP.scala 134:61:freechips.rocketchip.system.DefaultRV32Config.fir@175887.4]
  assign _T_204 = io_pmp_5_cfg_a[1] ? _T_185 : _T_203; // @[PMP.scala 134:8:freechips.rocketchip.system.DefaultRV32Config.fir@175888.4]
  assign _T_205 = ~io_pmp_5_cfg_l; // @[PMP.scala 165:29:freechips.rocketchip.system.DefaultRV32Config.fir@175889.4]
  assign _T_206 = default_ & _T_205; // @[PMP.scala 165:26:freechips.rocketchip.system.DefaultRV32Config.fir@175890.4]
  assign _T_258 = io_pmp_5_cfg_r | _T_206; // @[PMP.scala 183:40:freechips.rocketchip.system.DefaultRV32Config.fir@175950.4]
  assign _T_260 = io_pmp_5_cfg_w | _T_206; // @[PMP.scala 184:40:freechips.rocketchip.system.DefaultRV32Config.fir@175953.4]
  assign _T_262 = io_pmp_5_cfg_x | _T_206; // @[PMP.scala 185:40:freechips.rocketchip.system.DefaultRV32Config.fir@175956.4]
  assign _T_264_cfg_x = _T_204 ? _T_262 : _T_176_cfg_x; // @[PMP.scala 186:8:freechips.rocketchip.system.DefaultRV32Config.fir@175959.4]
  assign _T_264_cfg_w = _T_204 ? _T_260 : _T_176_cfg_w; // @[PMP.scala 186:8:freechips.rocketchip.system.DefaultRV32Config.fir@175959.4]
  assign _T_264_cfg_r = _T_204 ? _T_258 : _T_176_cfg_r; // @[PMP.scala 186:8:freechips.rocketchip.system.DefaultRV32Config.fir@175959.4]
  assign _T_270 = io_addr ^ _T_194; // @[PMP.scala 65:47:freechips.rocketchip.system.DefaultRV32Config.fir@175965.4]
  assign _T_271 = ~io_pmp_4_mask; // @[PMP.scala 65:54:freechips.rocketchip.system.DefaultRV32Config.fir@175966.4]
  assign _T_272 = _T_270 & _T_271; // @[PMP.scala 65:52:freechips.rocketchip.system.DefaultRV32Config.fir@175967.4]
  assign _T_273 = _T_272 == 32'h0; // @[PMP.scala 65:58:freechips.rocketchip.system.DefaultRV32Config.fir@175968.4]
  assign _T_279 = {io_pmp_3_addr, 2'h0}; // @[PMP.scala 62:36:freechips.rocketchip.system.DefaultRV32Config.fir@175974.4]
  assign _T_280 = ~_T_279; // @[PMP.scala 62:29:freechips.rocketchip.system.DefaultRV32Config.fir@175975.4]
  assign _T_281 = _T_280 | 32'h3; // @[PMP.scala 62:48:freechips.rocketchip.system.DefaultRV32Config.fir@175976.4]
  assign _T_282 = ~_T_281; // @[PMP.scala 62:27:freechips.rocketchip.system.DefaultRV32Config.fir@175977.4]
  assign _T_283 = io_addr < _T_282; // @[PMP.scala 79:9:freechips.rocketchip.system.DefaultRV32Config.fir@175978.4]
  assign _T_284 = ~_T_283; // @[PMP.scala 90:5:freechips.rocketchip.system.DefaultRV32Config.fir@175979.4]
  assign _T_290 = _T_284 & _T_195; // @[PMP.scala 96:48:freechips.rocketchip.system.DefaultRV32Config.fir@175985.4]
  assign _T_291 = io_pmp_4_cfg_a[0] & _T_290; // @[PMP.scala 134:61:freechips.rocketchip.system.DefaultRV32Config.fir@175986.4]
  assign _T_292 = io_pmp_4_cfg_a[1] ? _T_273 : _T_291; // @[PMP.scala 134:8:freechips.rocketchip.system.DefaultRV32Config.fir@175987.4]
  assign _T_293 = ~io_pmp_4_cfg_l; // @[PMP.scala 165:29:freechips.rocketchip.system.DefaultRV32Config.fir@175988.4]
  assign _T_294 = default_ & _T_293; // @[PMP.scala 165:26:freechips.rocketchip.system.DefaultRV32Config.fir@175989.4]
  assign _T_346 = io_pmp_4_cfg_r | _T_294; // @[PMP.scala 183:40:freechips.rocketchip.system.DefaultRV32Config.fir@176049.4]
  assign _T_348 = io_pmp_4_cfg_w | _T_294; // @[PMP.scala 184:40:freechips.rocketchip.system.DefaultRV32Config.fir@176052.4]
  assign _T_350 = io_pmp_4_cfg_x | _T_294; // @[PMP.scala 185:40:freechips.rocketchip.system.DefaultRV32Config.fir@176055.4]
  assign _T_352_cfg_x = _T_292 ? _T_350 : _T_264_cfg_x; // @[PMP.scala 186:8:freechips.rocketchip.system.DefaultRV32Config.fir@176058.4]
  assign _T_352_cfg_w = _T_292 ? _T_348 : _T_264_cfg_w; // @[PMP.scala 186:8:freechips.rocketchip.system.DefaultRV32Config.fir@176058.4]
  assign _T_352_cfg_r = _T_292 ? _T_346 : _T_264_cfg_r; // @[PMP.scala 186:8:freechips.rocketchip.system.DefaultRV32Config.fir@176058.4]
  assign _T_358 = io_addr ^ _T_282; // @[PMP.scala 65:47:freechips.rocketchip.system.DefaultRV32Config.fir@176064.4]
  assign _T_359 = ~io_pmp_3_mask; // @[PMP.scala 65:54:freechips.rocketchip.system.DefaultRV32Config.fir@176065.4]
  assign _T_360 = _T_358 & _T_359; // @[PMP.scala 65:52:freechips.rocketchip.system.DefaultRV32Config.fir@176066.4]
  assign _T_361 = _T_360 == 32'h0; // @[PMP.scala 65:58:freechips.rocketchip.system.DefaultRV32Config.fir@176067.4]
  assign _T_367 = {io_pmp_2_addr, 2'h0}; // @[PMP.scala 62:36:freechips.rocketchip.system.DefaultRV32Config.fir@176073.4]
  assign _T_368 = ~_T_367; // @[PMP.scala 62:29:freechips.rocketchip.system.DefaultRV32Config.fir@176074.4]
  assign _T_369 = _T_368 | 32'h3; // @[PMP.scala 62:48:freechips.rocketchip.system.DefaultRV32Config.fir@176075.4]
  assign _T_370 = ~_T_369; // @[PMP.scala 62:27:freechips.rocketchip.system.DefaultRV32Config.fir@176076.4]
  assign _T_371 = io_addr < _T_370; // @[PMP.scala 79:9:freechips.rocketchip.system.DefaultRV32Config.fir@176077.4]
  assign _T_372 = ~_T_371; // @[PMP.scala 90:5:freechips.rocketchip.system.DefaultRV32Config.fir@176078.4]
  assign _T_378 = _T_372 & _T_283; // @[PMP.scala 96:48:freechips.rocketchip.system.DefaultRV32Config.fir@176084.4]
  assign _T_379 = io_pmp_3_cfg_a[0] & _T_378; // @[PMP.scala 134:61:freechips.rocketchip.system.DefaultRV32Config.fir@176085.4]
  assign _T_380 = io_pmp_3_cfg_a[1] ? _T_361 : _T_379; // @[PMP.scala 134:8:freechips.rocketchip.system.DefaultRV32Config.fir@176086.4]
  assign _T_381 = ~io_pmp_3_cfg_l; // @[PMP.scala 165:29:freechips.rocketchip.system.DefaultRV32Config.fir@176087.4]
  assign _T_382 = default_ & _T_381; // @[PMP.scala 165:26:freechips.rocketchip.system.DefaultRV32Config.fir@176088.4]
  assign _T_434 = io_pmp_3_cfg_r | _T_382; // @[PMP.scala 183:40:freechips.rocketchip.system.DefaultRV32Config.fir@176148.4]
  assign _T_436 = io_pmp_3_cfg_w | _T_382; // @[PMP.scala 184:40:freechips.rocketchip.system.DefaultRV32Config.fir@176151.4]
  assign _T_438 = io_pmp_3_cfg_x | _T_382; // @[PMP.scala 185:40:freechips.rocketchip.system.DefaultRV32Config.fir@176154.4]
  assign _T_440_cfg_x = _T_380 ? _T_438 : _T_352_cfg_x; // @[PMP.scala 186:8:freechips.rocketchip.system.DefaultRV32Config.fir@176157.4]
  assign _T_440_cfg_w = _T_380 ? _T_436 : _T_352_cfg_w; // @[PMP.scala 186:8:freechips.rocketchip.system.DefaultRV32Config.fir@176157.4]
  assign _T_440_cfg_r = _T_380 ? _T_434 : _T_352_cfg_r; // @[PMP.scala 186:8:freechips.rocketchip.system.DefaultRV32Config.fir@176157.4]
  assign _T_446 = io_addr ^ _T_370; // @[PMP.scala 65:47:freechips.rocketchip.system.DefaultRV32Config.fir@176163.4]
  assign _T_447 = ~io_pmp_2_mask; // @[PMP.scala 65:54:freechips.rocketchip.system.DefaultRV32Config.fir@176164.4]
  assign _T_448 = _T_446 & _T_447; // @[PMP.scala 65:52:freechips.rocketchip.system.DefaultRV32Config.fir@176165.4]
  assign _T_449 = _T_448 == 32'h0; // @[PMP.scala 65:58:freechips.rocketchip.system.DefaultRV32Config.fir@176166.4]
  assign _T_455 = {io_pmp_1_addr, 2'h0}; // @[PMP.scala 62:36:freechips.rocketchip.system.DefaultRV32Config.fir@176172.4]
  assign _T_456 = ~_T_455; // @[PMP.scala 62:29:freechips.rocketchip.system.DefaultRV32Config.fir@176173.4]
  assign _T_457 = _T_456 | 32'h3; // @[PMP.scala 62:48:freechips.rocketchip.system.DefaultRV32Config.fir@176174.4]
  assign _T_458 = ~_T_457; // @[PMP.scala 62:27:freechips.rocketchip.system.DefaultRV32Config.fir@176175.4]
  assign _T_459 = io_addr < _T_458; // @[PMP.scala 79:9:freechips.rocketchip.system.DefaultRV32Config.fir@176176.4]
  assign _T_460 = ~_T_459; // @[PMP.scala 90:5:freechips.rocketchip.system.DefaultRV32Config.fir@176177.4]
  assign _T_466 = _T_460 & _T_371; // @[PMP.scala 96:48:freechips.rocketchip.system.DefaultRV32Config.fir@176183.4]
  assign _T_467 = io_pmp_2_cfg_a[0] & _T_466; // @[PMP.scala 134:61:freechips.rocketchip.system.DefaultRV32Config.fir@176184.4]
  assign _T_468 = io_pmp_2_cfg_a[1] ? _T_449 : _T_467; // @[PMP.scala 134:8:freechips.rocketchip.system.DefaultRV32Config.fir@176185.4]
  assign _T_469 = ~io_pmp_2_cfg_l; // @[PMP.scala 165:29:freechips.rocketchip.system.DefaultRV32Config.fir@176186.4]
  assign _T_470 = default_ & _T_469; // @[PMP.scala 165:26:freechips.rocketchip.system.DefaultRV32Config.fir@176187.4]
  assign _T_522 = io_pmp_2_cfg_r | _T_470; // @[PMP.scala 183:40:freechips.rocketchip.system.DefaultRV32Config.fir@176247.4]
  assign _T_524 = io_pmp_2_cfg_w | _T_470; // @[PMP.scala 184:40:freechips.rocketchip.system.DefaultRV32Config.fir@176250.4]
  assign _T_526 = io_pmp_2_cfg_x | _T_470; // @[PMP.scala 185:40:freechips.rocketchip.system.DefaultRV32Config.fir@176253.4]
  assign _T_528_cfg_x = _T_468 ? _T_526 : _T_440_cfg_x; // @[PMP.scala 186:8:freechips.rocketchip.system.DefaultRV32Config.fir@176256.4]
  assign _T_528_cfg_w = _T_468 ? _T_524 : _T_440_cfg_w; // @[PMP.scala 186:8:freechips.rocketchip.system.DefaultRV32Config.fir@176256.4]
  assign _T_528_cfg_r = _T_468 ? _T_522 : _T_440_cfg_r; // @[PMP.scala 186:8:freechips.rocketchip.system.DefaultRV32Config.fir@176256.4]
  assign _T_534 = io_addr ^ _T_458; // @[PMP.scala 65:47:freechips.rocketchip.system.DefaultRV32Config.fir@176262.4]
  assign _T_535 = ~io_pmp_1_mask; // @[PMP.scala 65:54:freechips.rocketchip.system.DefaultRV32Config.fir@176263.4]
  assign _T_536 = _T_534 & _T_535; // @[PMP.scala 65:52:freechips.rocketchip.system.DefaultRV32Config.fir@176264.4]
  assign _T_537 = _T_536 == 32'h0; // @[PMP.scala 65:58:freechips.rocketchip.system.DefaultRV32Config.fir@176265.4]
  assign _T_543 = {io_pmp_0_addr, 2'h0}; // @[PMP.scala 62:36:freechips.rocketchip.system.DefaultRV32Config.fir@176271.4]
  assign _T_544 = ~_T_543; // @[PMP.scala 62:29:freechips.rocketchip.system.DefaultRV32Config.fir@176272.4]
  assign _T_545 = _T_544 | 32'h3; // @[PMP.scala 62:48:freechips.rocketchip.system.DefaultRV32Config.fir@176273.4]
  assign _T_546 = ~_T_545; // @[PMP.scala 62:27:freechips.rocketchip.system.DefaultRV32Config.fir@176274.4]
  assign _T_547 = io_addr < _T_546; // @[PMP.scala 79:9:freechips.rocketchip.system.DefaultRV32Config.fir@176275.4]
  assign _T_548 = ~_T_547; // @[PMP.scala 90:5:freechips.rocketchip.system.DefaultRV32Config.fir@176276.4]
  assign _T_554 = _T_548 & _T_459; // @[PMP.scala 96:48:freechips.rocketchip.system.DefaultRV32Config.fir@176282.4]
  assign _T_555 = io_pmp_1_cfg_a[0] & _T_554; // @[PMP.scala 134:61:freechips.rocketchip.system.DefaultRV32Config.fir@176283.4]
  assign _T_556 = io_pmp_1_cfg_a[1] ? _T_537 : _T_555; // @[PMP.scala 134:8:freechips.rocketchip.system.DefaultRV32Config.fir@176284.4]
  assign _T_557 = ~io_pmp_1_cfg_l; // @[PMP.scala 165:29:freechips.rocketchip.system.DefaultRV32Config.fir@176285.4]
  assign _T_558 = default_ & _T_557; // @[PMP.scala 165:26:freechips.rocketchip.system.DefaultRV32Config.fir@176286.4]
  assign _T_610 = io_pmp_1_cfg_r | _T_558; // @[PMP.scala 183:40:freechips.rocketchip.system.DefaultRV32Config.fir@176346.4]
  assign _T_612 = io_pmp_1_cfg_w | _T_558; // @[PMP.scala 184:40:freechips.rocketchip.system.DefaultRV32Config.fir@176349.4]
  assign _T_614 = io_pmp_1_cfg_x | _T_558; // @[PMP.scala 185:40:freechips.rocketchip.system.DefaultRV32Config.fir@176352.4]
  assign _T_616_cfg_x = _T_556 ? _T_614 : _T_528_cfg_x; // @[PMP.scala 186:8:freechips.rocketchip.system.DefaultRV32Config.fir@176355.4]
  assign _T_616_cfg_w = _T_556 ? _T_612 : _T_528_cfg_w; // @[PMP.scala 186:8:freechips.rocketchip.system.DefaultRV32Config.fir@176355.4]
  assign _T_616_cfg_r = _T_556 ? _T_610 : _T_528_cfg_r; // @[PMP.scala 186:8:freechips.rocketchip.system.DefaultRV32Config.fir@176355.4]
  assign _T_622 = io_addr ^ _T_546; // @[PMP.scala 65:47:freechips.rocketchip.system.DefaultRV32Config.fir@176361.4]
  assign _T_623 = ~io_pmp_0_mask; // @[PMP.scala 65:54:freechips.rocketchip.system.DefaultRV32Config.fir@176362.4]
  assign _T_624 = _T_622 & _T_623; // @[PMP.scala 65:52:freechips.rocketchip.system.DefaultRV32Config.fir@176363.4]
  assign _T_625 = _T_624 == 32'h0; // @[PMP.scala 65:58:freechips.rocketchip.system.DefaultRV32Config.fir@176364.4]
  assign _T_643 = io_pmp_0_cfg_a[0] & _T_547; // @[PMP.scala 134:61:freechips.rocketchip.system.DefaultRV32Config.fir@176382.4]
  assign _T_644 = io_pmp_0_cfg_a[1] ? _T_625 : _T_643; // @[PMP.scala 134:8:freechips.rocketchip.system.DefaultRV32Config.fir@176383.4]
  assign _T_645 = ~io_pmp_0_cfg_l; // @[PMP.scala 165:29:freechips.rocketchip.system.DefaultRV32Config.fir@176384.4]
  assign _T_646 = default_ & _T_645; // @[PMP.scala 165:26:freechips.rocketchip.system.DefaultRV32Config.fir@176385.4]
  assign _T_698 = io_pmp_0_cfg_r | _T_646; // @[PMP.scala 183:40:freechips.rocketchip.system.DefaultRV32Config.fir@176445.4]
  assign _T_700 = io_pmp_0_cfg_w | _T_646; // @[PMP.scala 184:40:freechips.rocketchip.system.DefaultRV32Config.fir@176448.4]
  assign _T_702 = io_pmp_0_cfg_x | _T_646; // @[PMP.scala 185:40:freechips.rocketchip.system.DefaultRV32Config.fir@176451.4]
  assign io_r = _T_644 ? _T_698 : _T_616_cfg_r; // @[PMP.scala 189:8:freechips.rocketchip.system.DefaultRV32Config.fir@176455.4]
  assign io_w = _T_644 ? _T_700 : _T_616_cfg_w; // @[PMP.scala 190:8:freechips.rocketchip.system.DefaultRV32Config.fir@176456.4]
  assign io_x = _T_644 ? _T_702 : _T_616_cfg_x; // @[PMP.scala 191:8:freechips.rocketchip.system.DefaultRV32Config.fir@176457.4]
endmodule